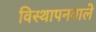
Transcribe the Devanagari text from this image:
विस्थापनवाले